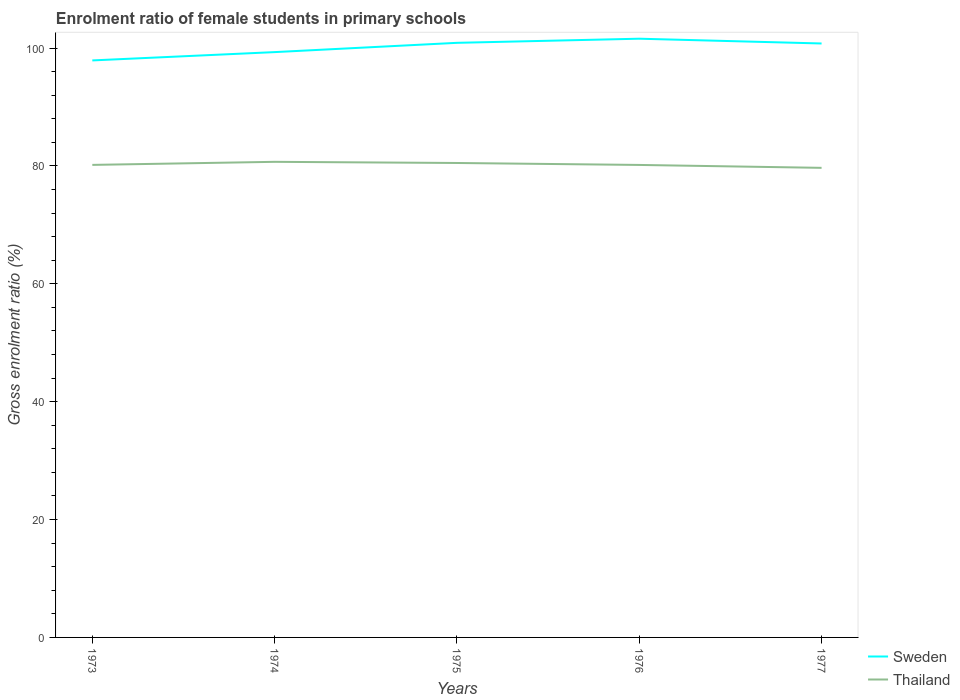
| Years | Sweden | Thailand |
 | --- | --- | --- |
 | 1973 | 97.9 | 80.2 |
 | 1974 | 99.3 | 80.7 |
 | 1975 | 101 | 80.5 |
 | 1976 | 102 | 80.2 |
 | 1977 | 101 | 79.7 |